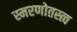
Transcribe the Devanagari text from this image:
स्मरणोतस्त्व